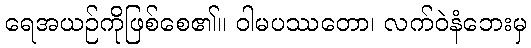
ရေအယဉ်ကိုဖြစ်စေ၏။ ဝါမပဿတော၊ လက်ဝဲနံဘေးမှ